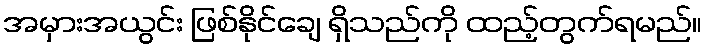
အမှားအယွင်း ဖြစ်နိုင်ချေ ရှိသည်ကို ထည့်တွက်ရမည်။